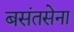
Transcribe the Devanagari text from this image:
बसंतसेना